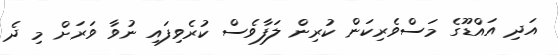
އަދި އައްޑޫގެ މަސްވެރިކަން ކުރިން ލަފާވެސް ކުރެވިފައި ނުވާ ވަރަށް މި ދެ